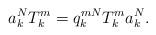
LaTeX: \begin{align*}a_k^NT_k^m = q_k^{mN}T_k^ma_k^N.\end{align*}